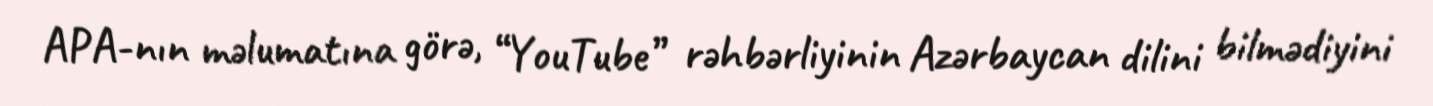
APA-nın məlumatına görə, “YouTube” rəhbərliyinin Azərbaycan dilini bilmədiyini